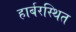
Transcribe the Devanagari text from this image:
हार्बरस्थित